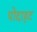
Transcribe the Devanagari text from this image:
पोदाहट